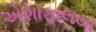
એશાફાલયા